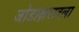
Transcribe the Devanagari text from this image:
जोडाक्षरातला